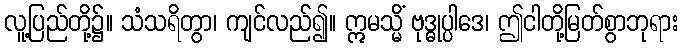
လူ့ပြည်တို့၌။ သံသရိတွာ၊ ကျင်လည်၍။ ဣမသ္မိံ ဗုဒ္ဓုပ္ပါဒေ၊ ဤငါတို့မြတ်စွာဘုရား